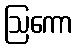
ဩကော